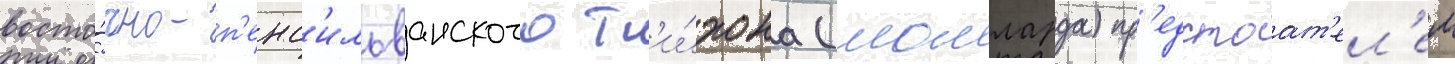
восто́чно-п'енс'ильванского т'и́хона (молларда) пр'едстоат'ел'ем